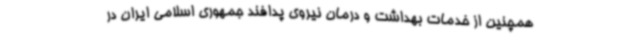
همچنین از خدمات بهداشت و درمان نیروی پدافند جمهوری اسلامی ایران در